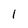
Character: 1